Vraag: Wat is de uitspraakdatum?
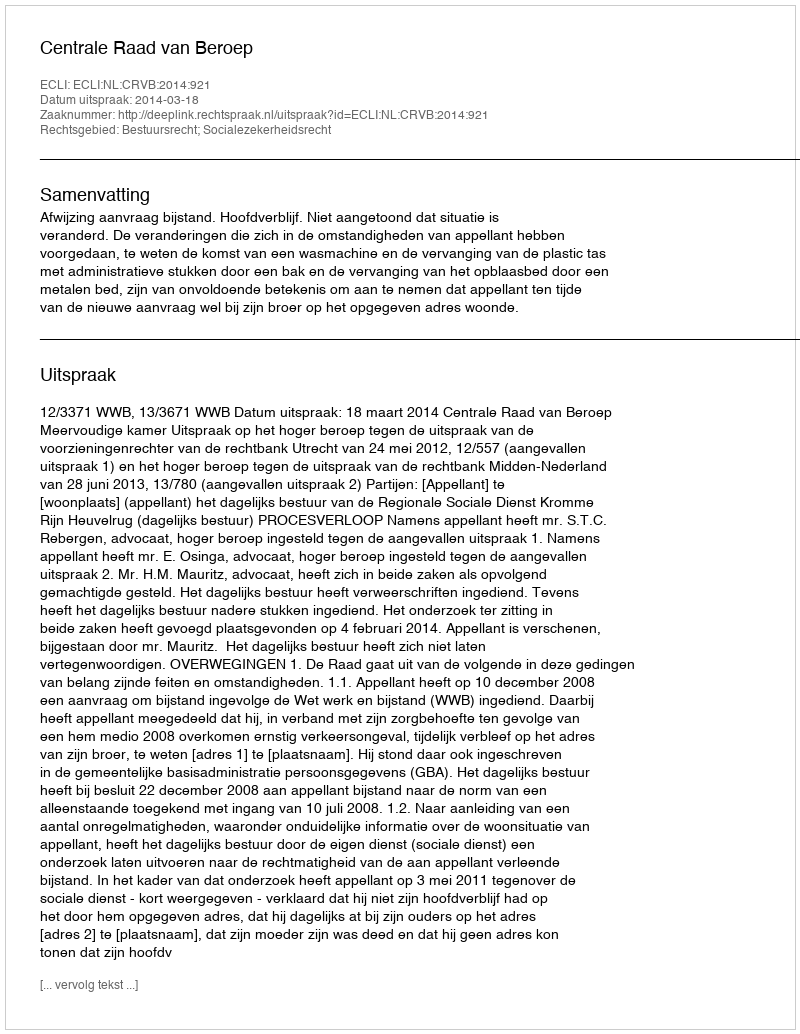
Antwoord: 2014-03-18